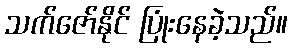
သက်ဇော်နိုင် ပြုံးနေခဲ့သည်။